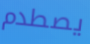
يصطدم